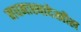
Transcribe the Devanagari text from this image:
मधमाश्यादेखील